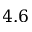
4 . 6